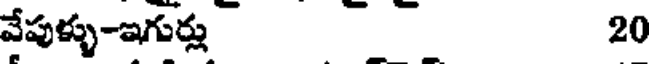
వేపుళ్ళు-ఇగుర్లు 20